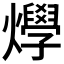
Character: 𤒎